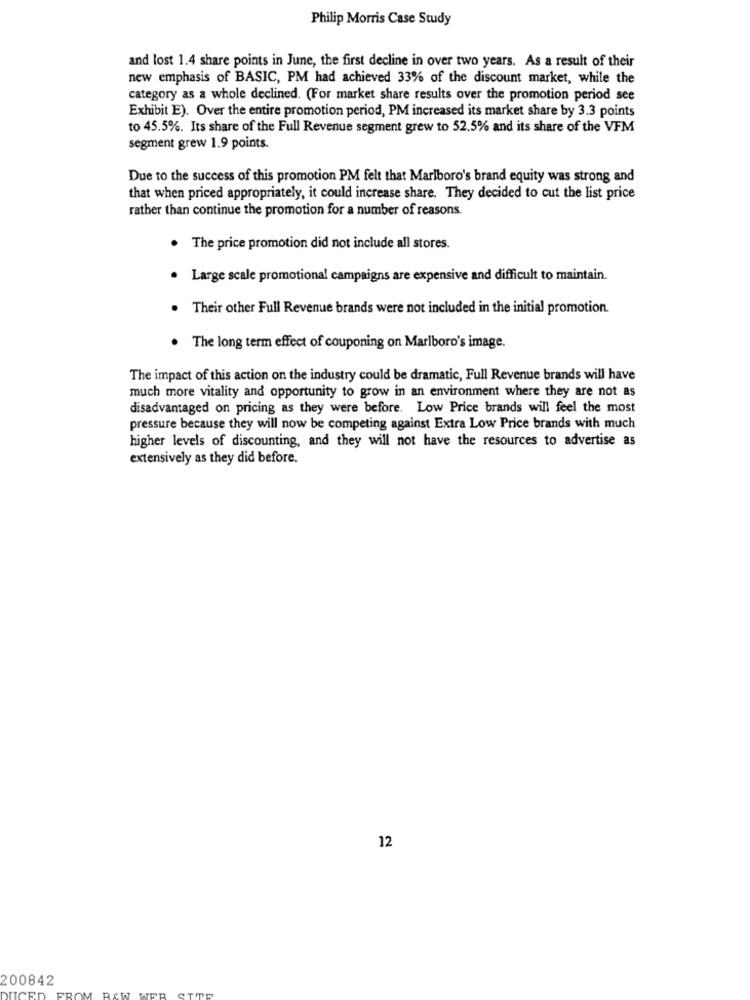
Philip Morris Case Study
and lost 1.4 share points in June, the first decline in over two years. As a result of their
new emphasis of BASIC, PM had achieved 33% of the discount market, while the
category as a whole declined. (For market share results over the promotion period see
Exhibit E). Over the entire promotion period, PM increased its market share by 3.3 points
to 45.5%. Its share of the Full Revenue segment grew to 52.5% and its share of the VFM
segment grew 1.9 points.
Due to the success of this promotion PM felt that Marlboro's brand equity was strong and
that when priced appropriately, it could increase share. They decided to cut the list price
rather than continue the promotion for a number of reasons.
. The price promotion did not include all stores.
Large scale promotional campaigns are expensive and difficult to maintain.
Their other Full Revenue brands were not included in the initial promotion.
. The long term effect of couponing on Marlboro's image.
The impact of this action on the industry could be dramatic, Full Revenue brands will have
much more vitality and opportunity to grow in an environment where they are not as
disadvantaged on pricing as they were before. Low Price brands will feel the most
pressure because they will now be competing against Extra Low Price brands with much
higher levels of discounting, and they will not have the resources to advertise as
extensively as they did before.
12
200842
RAW WER CT
DUCED